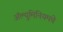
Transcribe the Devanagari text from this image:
अॅल्युमिनियमचे